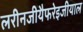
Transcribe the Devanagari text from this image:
लरीनजीयैफरेइजीयाल